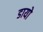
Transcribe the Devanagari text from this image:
डायो